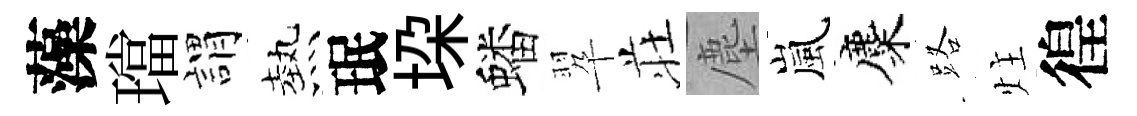
藻璫謂熱珉垜蟠翆荘塵嵐麋路炷徨